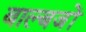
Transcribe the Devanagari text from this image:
बाल्बजों